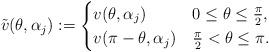
LaTeX: \begin{align*}\tilde{v}(\theta,\alpha_j):=\begin{cases}v(\theta,\alpha_j) & 0\le\theta\le\frac{\pi}{2},\\v(\pi-\theta,\alpha_j) & \frac{\pi}{2}<\theta\le\pi.\end{cases}\end{align*}